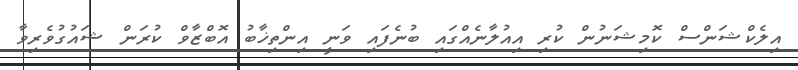
އިލެކްޝަންސް ކޮމިޝަނުން ކުރި އިއުލާނެއްގައި ބުނެފައި ވަނީ އިންތިޚާބު އޮބްޒާވް ކުރަން ޝައުގުވެރިވާ